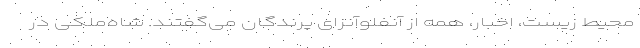
محیط زیست، اخبار، همه از آنفلوآنزای پرندگان می‌گفتند. شاه‌ملکی در